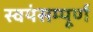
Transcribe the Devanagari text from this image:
स्वयंसम्पूर्ण